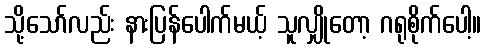
သို့သော်လည်း နားပြန်ပေါက်မယ့် သူလျှိုတော့ ဂရုစိုက်ပေါ့။